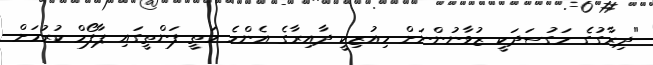
"ދިރާގުގެ މަގުސަދަކީ ޒުވާނުންނަށް މިއުޒިކީ ދާއިރާގެ އެންމެ މަތީ ފަންތީގައި ޕާފޯމް ކުރުމަށް